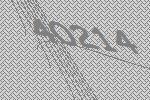
40214